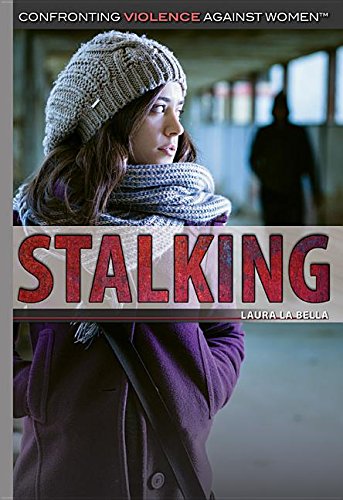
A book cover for Stalking (Confronting Violence Against Women); Laura La Bella; Teen & Young Adult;